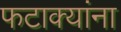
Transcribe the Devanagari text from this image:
फटाक्यांना